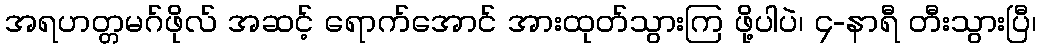
အရဟတ္တမဂ်ဖိုလ် အဆင့် ရောက်အောင် အားထုတ်သွားကြ ဖို့ပါပဲ၊ ၄-နာရီ တီးသွားပြီ၊